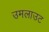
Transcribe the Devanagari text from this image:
उमलाउट